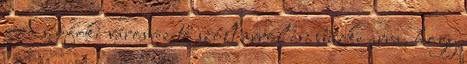
A siófoki városvezető szólt arról is: büszke arra, hogy